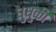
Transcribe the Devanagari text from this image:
धुधुकी